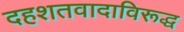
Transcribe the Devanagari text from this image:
दहशतवादाविरूद्ध